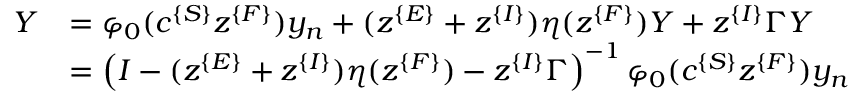
\begin{array} { r l } { Y } & { = \varphi _ { 0 } ( c ^ { \{ S \} } z ^ { \{ F \} } ) y _ { n } + ( z ^ { \{ E \} } + z ^ { \{ I \} } ) \eta ( z ^ { \{ F \} } ) Y + z ^ { \{ I \} } \Gamma Y } \\ & { = \left( I - ( z ^ { \{ E \} } + z ^ { \{ I \} } ) \eta ( z ^ { \{ F \} } ) - z ^ { \{ I \} } \Gamma \right) ^ { - 1 } \varphi _ { 0 } ( c ^ { \{ S \} } z ^ { \{ F \} } ) y _ { n } } \end{array}